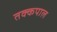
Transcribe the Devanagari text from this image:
तक्कपाल